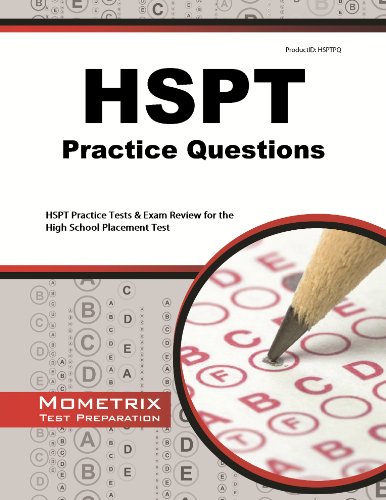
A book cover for HSPT Practice Questions: HSPT Practice Tests & Exam Review for the High School Placement Test; HSPT Exam Secrets Test Prep Team; Test Preparation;